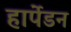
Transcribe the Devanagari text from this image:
हार्पेडन